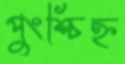
পুংশ্চিহ্ন